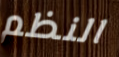
النظم